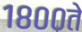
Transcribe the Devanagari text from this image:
१८००ते